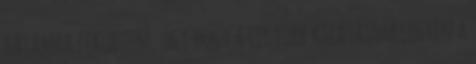
hátamra feküdtem, úgy hogy a legjobb kilátásom legyen a